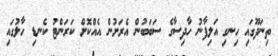
ތިނަދޫގައި ހިނގި އަލިފާނު ހާދިސާގެ ސަބަބުން އެރަށުން އެއްކޮށް ކަރަންޓު ކެނޑި ހާލުގައި